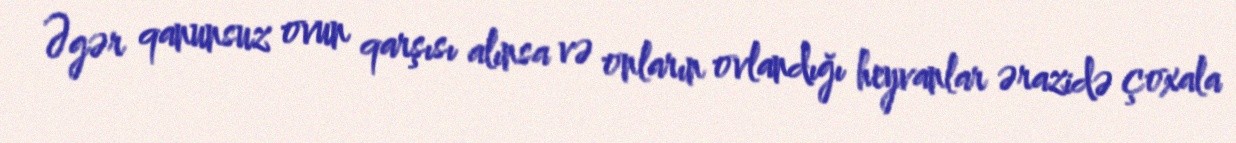
Əgər qanunsuz ovun qarşısı alınsa və onların ovlandığı heyvanlar ərazidə çoxala